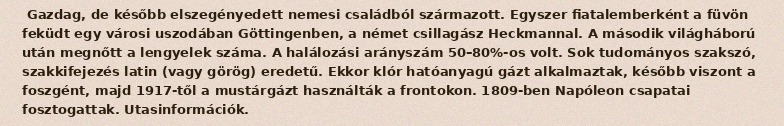
Gazdag, de később elszegényedett nemesi családból származott. Egyszer fiatalemberként a füvön feküdt egy városi uszodában Göttingenben, a német csillagász Heckmannal. A második világháború után megnőtt a lengyelek száma. A halálozási arányszám 50–80%-os volt. Sok tudományos szakszó, szakkifejezés latin (vagy görög) eredetű. Ekkor klór hatóanyagú gázt alkalmaztak, később viszont a foszgént, majd 1917-től a mustárgázt használták a frontokon. 1809-ben Napóleon csapatai fosztogattak. Utasinformációk.